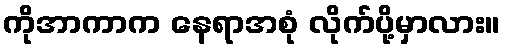
ကိုအာကာက နေရာအစုံ လိုက်ပို့မှာလား။